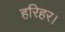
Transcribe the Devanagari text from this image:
हरिहर।